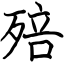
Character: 殕